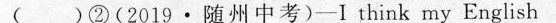
( )②(2019·随州中考)-I think my English